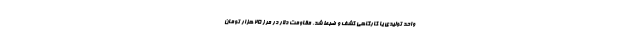
واحد تولیدی یا کارگاهی کشف و ضبط شد. مقاومت دلار در مرز 25 هزار تومان